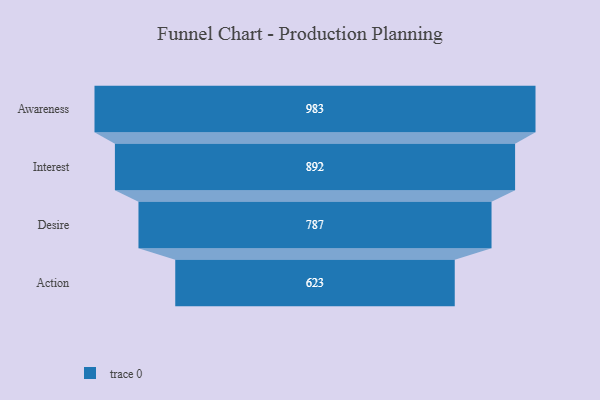
{"axis": {"x": "Stage", "y": "Value"}, "legend": [""], "data": [{"x": "Awareness", "y": 983.0, "type": ""}, {"x": "Interest", "y": 892.0, "type": ""}, {"x": "Desire", "y": 787.0, "type": ""}, {"x": "Action", "y": 623.0, "type": ""}]}